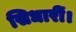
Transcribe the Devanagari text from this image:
सिधारीं।